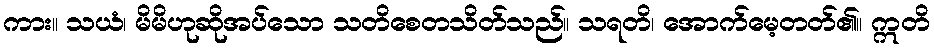
ကား။ သယံ၊ မိမိဟုဆိုအပ်သော သတိစေတသိတ်သည်။ သရတိ၊ အောက်မေ့တတ်၏။ ဣတိ